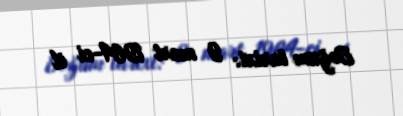
Doğum tarixi: 9 mart 1964-ci il